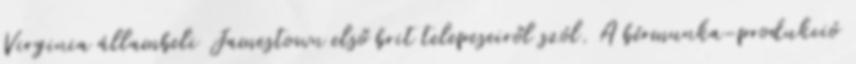
Virginia állambeli Jamestown első brit telepeseiről szól. A bérmunka-produkció